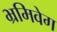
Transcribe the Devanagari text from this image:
भ्रमिवेग